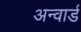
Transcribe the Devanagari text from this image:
अन्वार्ड